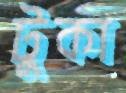
টুকা